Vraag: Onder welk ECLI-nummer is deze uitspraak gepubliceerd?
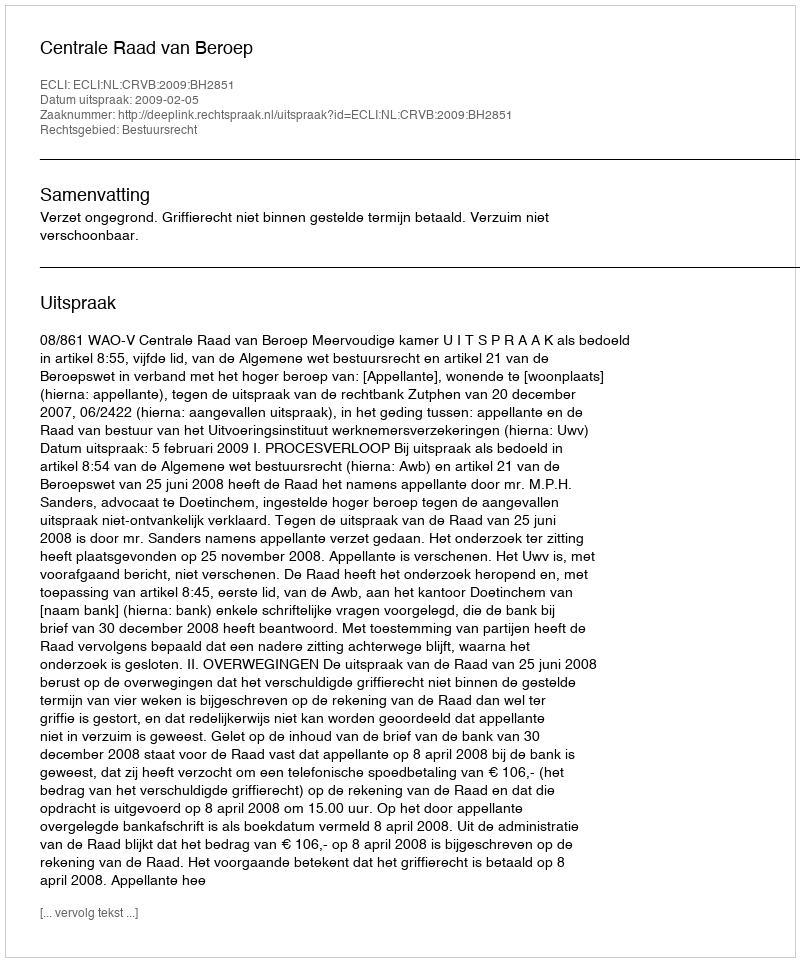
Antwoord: ECLI:NL:CRVB:2009:BH2851